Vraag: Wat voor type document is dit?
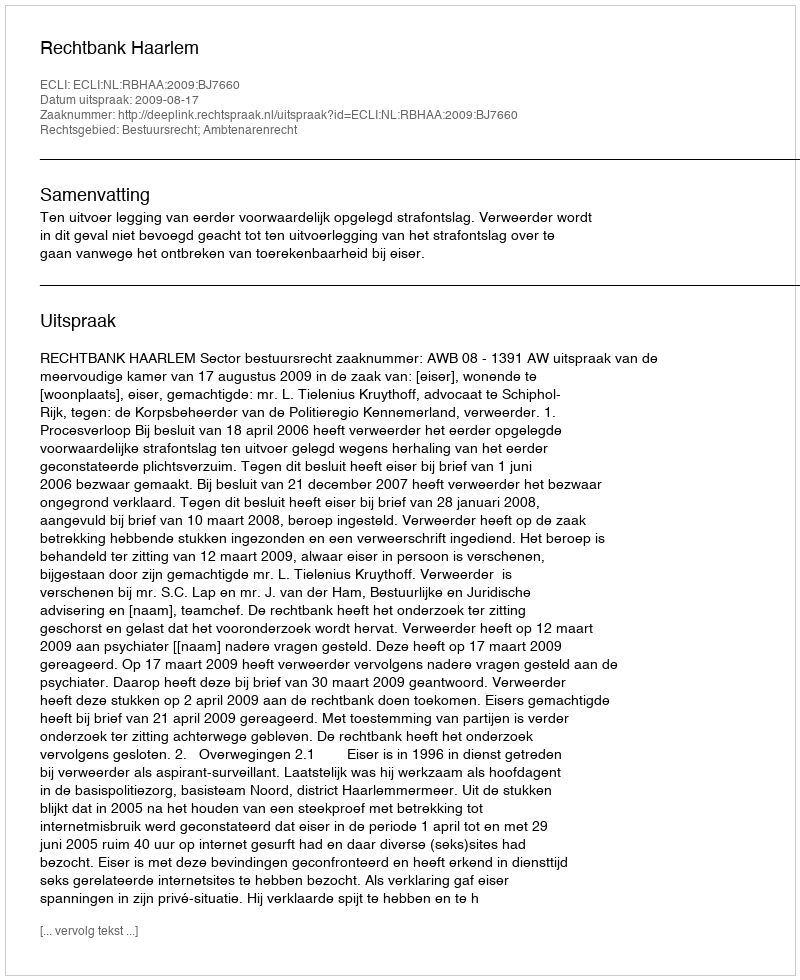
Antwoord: Uitspraak